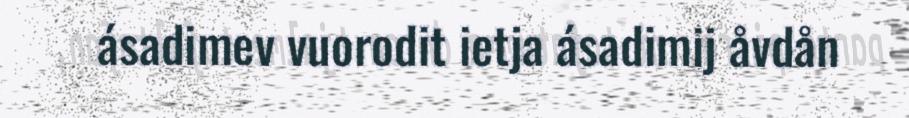
ásadimev vuorodit ietja ásadimij åvdån